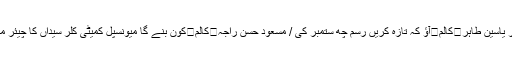
طاہر یاسین طاہر	کالم	آؤ کہ تازہ کریں رسم چھ ستمبر کی / مسعود حسن راجہ	کالم	کون بنے گا میونسپل کمیٹی کلر سیداں کا چیئر مین ؟